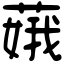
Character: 𦶥